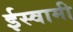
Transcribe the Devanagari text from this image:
ईस्वामी